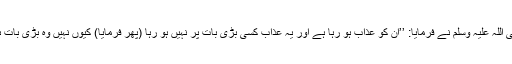
آپ صلی اللہ علیہ وسلم نے فرمایا: ’’ان کو عذاب ہو رہا ہے اور یہ عذاب کسی بڑی بات پر نہیں ہو رہا (پھر فرمایا) کیوں نہیں وہ بڑی بات ہی ہے۔